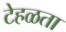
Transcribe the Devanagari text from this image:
टेहळता